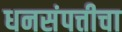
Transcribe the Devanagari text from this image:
धनसंपत्तीचा